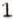
1